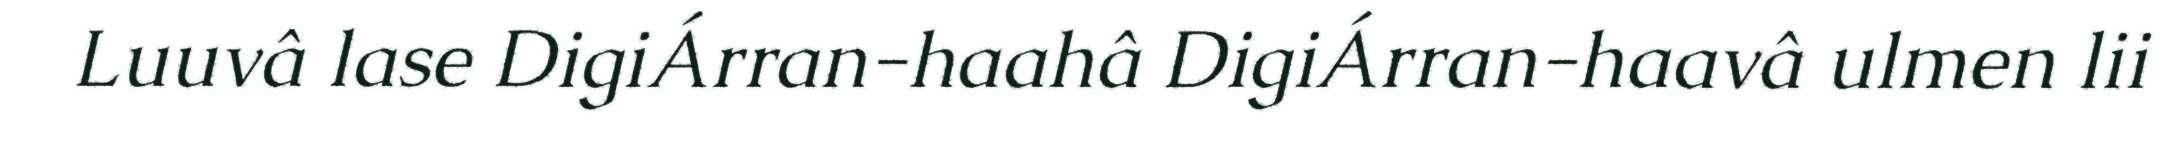
Luuvâ lase DigiÁrran-haahâ DigiÁrran-haavâ ulmen lii